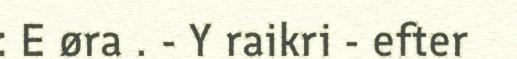
: E øra . - Y raikri - efter